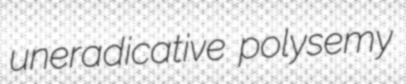
uneradicative polysemy